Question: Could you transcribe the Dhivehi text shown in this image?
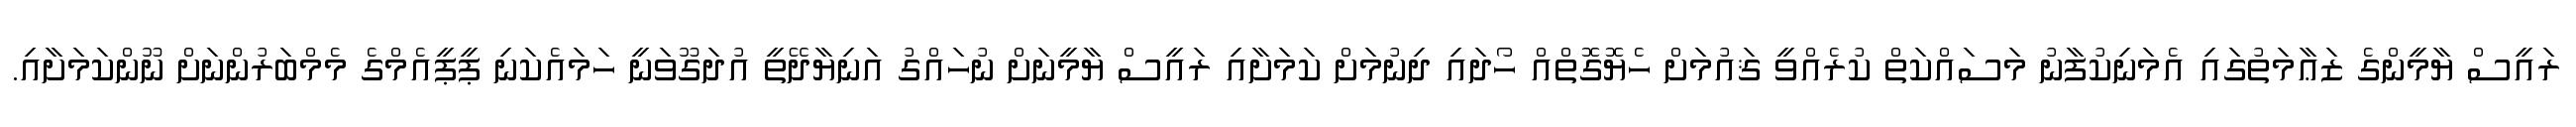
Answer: ރައީސް ޔާމީންގެ ޒަޢާމަތުގައި އެމަނިކުފާނު މަސައްކަތް ކުރެއްވީ ޤައުމަށް ހެޔޮގޮތްއް ހޯދައި ދިނުމަށް ކަމަށާއި ރައީސް ޔާމީނަށް ނުހައްގު އަނިޔާދޭތީ އުދަގޫވަނީ ހަމައެކަނި ޕީޕީއެމްގެ މެމްބަރުންނަށް ނޫންކަމަށާއި.